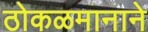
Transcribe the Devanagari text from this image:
ठोकळमानाने